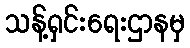
သန့်ရှင်းရေးဌာနမှ